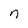
Character: n